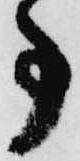
事